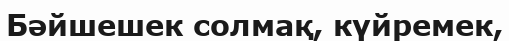
Бәйшешек солмақ, күйремек,